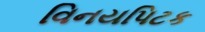
વિનયપિટક